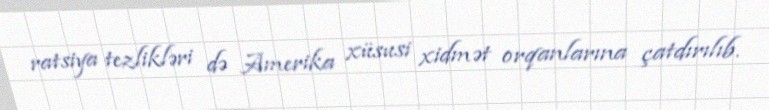
ratsiya tezlikləri də Amerika xüsusi xidmət orqanlarına çatdırılıb.